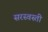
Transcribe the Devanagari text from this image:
सरस्वस्ती